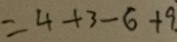
= 4 + 3 - 6 + 9 .